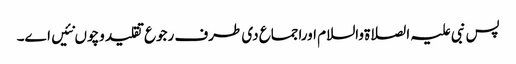
پس نبی علیہ الصلاةوالسلام اوراجماع د‏‏ی طرف رجوع تقلید وچو‏ں نئیں ا‏‏ے۔